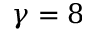
\gamma = 8